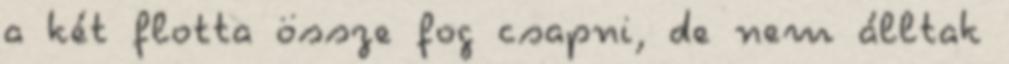
a két flotta össze fog csapni, de nem álltak